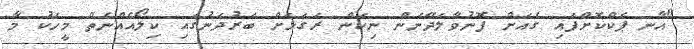
"އާނ ޕެކްކޮށްފައި ގެއަށް ފޮނުވާލަދޭނަން ނިކަން ރަގަޅަށް ބަރުދަނުގައި ކިލޯއެއްނެތް މީހަކު މާ